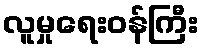
လူမှုရေးဝန်ကြီး